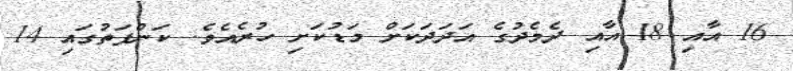
16 އާއި 18 އާއި ދެމެދުގެ އަދަދަކަށް މަޑުކަށި ހުރެއެވެ. ކަންފަތުގައި 14